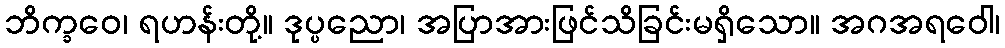
ဘိက္ခဝေ၊ ရဟန်းတို့။ ဒုပ္ပညော၊ အပြာအားဖြင်သိခြင်းမရှိသော။ အဂအရဝေါ၊